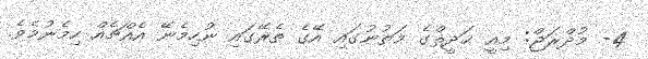
4- މުދްރަޖް: މިއީ ޙަދީޘްގެ މަތުނުގައި އޭގެ ތެރޭގައި ނުހިމެނޭ އެއްޗެއް ހިމެނުމެވެ.